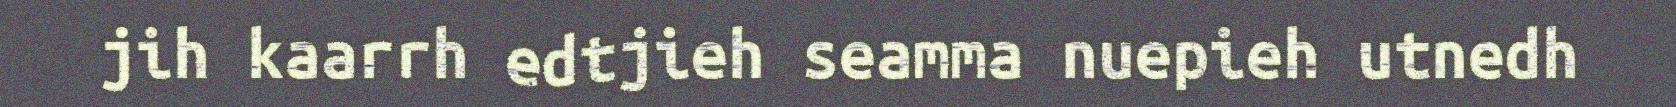
jih kaarrh edtjieh seamma nuepieh utnedh